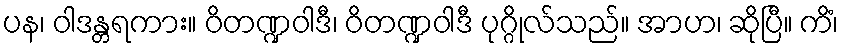
ပန၊ ဝါဒန္တရကား။ ဝိတဏ္ဍဝါဒီ၊ ဝိတဏ္ဍဝါဒီ ပုဂ္ဂိုလ်သည်။ အာဟ၊ ဆိုပြီ။ ကိံ၊